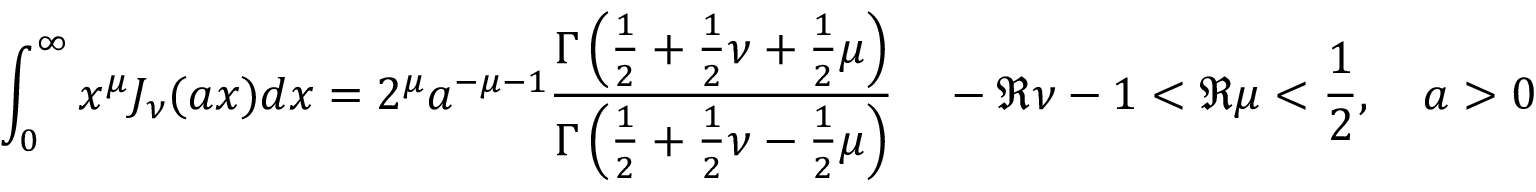
\int _ { 0 } ^ { \infty } x ^ { \mu } J _ { \nu } ( a x ) d x = 2 ^ { \mu } a ^ { - \mu - 1 } \frac { \Gamma \left( \frac { 1 } { 2 } + \frac { 1 } { 2 } \nu + \frac { 1 } { 2 } \mu \right) } { \Gamma \left( \frac { 1 } { 2 } + \frac { 1 } { 2 } \nu - \frac { 1 } { 2 } \mu \right) } \quad - \Re \nu - 1 < \Re \mu < \frac { 1 } { 2 } , \quad a > 0